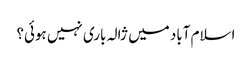
اسلام آباد میں ژالہ باری نہیں ہوئی؟